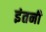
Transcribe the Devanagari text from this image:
इंतनी